Medical and sanitary report of the native army of Madras for the year
Year: 1878
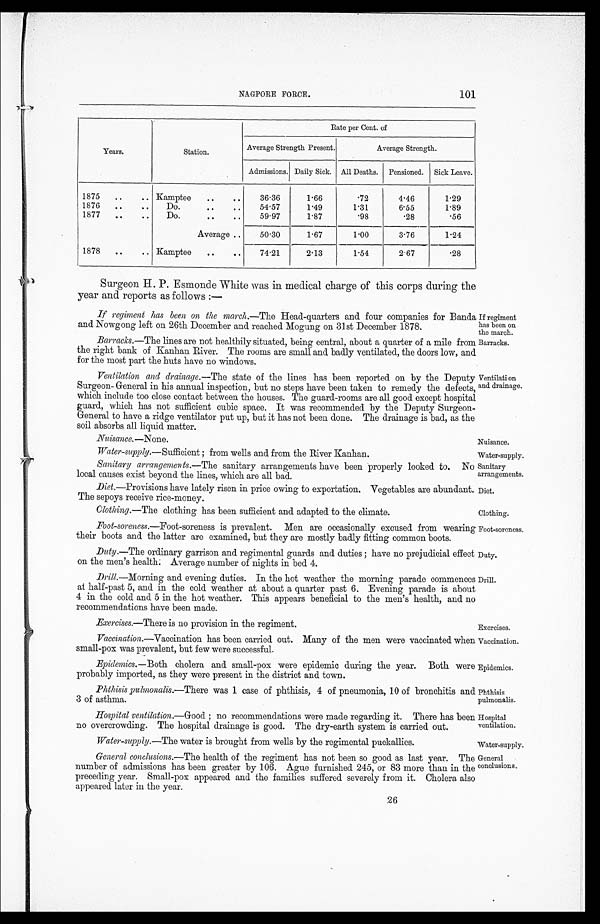
If regiment
has been on
the march.
Barracks.
Nuisance.
Water-supply.
Sanitary
arrangements.
Diet.
Clothing.
Foot-soreness.
Duty.
Drill.
Exercises.
Vaccination.
Epidemics.
Phthisis
pulmonalis.
Hospital
ventilation.
Water-supply
General
conclusions.
NAGPORE FORCE.
101
Years.
Station.
Rate per Cent. of
Average Strength Present.
Average Strength.
Admissions. Daily Sick. All Deaths. Pensioned. Sick Leave.
1875 ..
.. Kamptee ..
..
36.36
1.66
.72
4.46
1.29
1876 ..
..
Do.
..
. .
54.57
1.49
1.31
6.55
1.89
1877 ..
..
Do.
..
. .
59.97
1.87
.98
.28
.56
Average ..
50.30
1.67
1.00
3.76
1.24
1878 ..
.. Kamptee ..
..
74.21
2.13 1.54
2.67
.28
Surgeon H. P. Esmonde White was in medical charge of this corps during the
year and reports as follows :—
If regiment has been on the march.—The Head-quarters and four companies for Banda
and Nowgong left on 26th December and reached Mogung on 31st December 1878.
Barracks.—The lines are not healthily situated, being central, about a quarter of a mile from
the right bank of Kanhan River. The rooms are small and badly ventilated, the doors low, and
for the most part the huts have no windows.
Ventilation and drainage .—The state of the lines has been reported on by the Deputy
Surgeon-General in his annual inspection, but no steps have been taken to remedy the defects,
which include too close contact between the houses. The guard-rooms are all good except hospital
guard, which has not sufficient cubic space. It was recommended by the Deputy Surgeon-
General to have a ridge ventilator put up, but it has not been done. The drainage is bad, as the
soil absorbs all liquid matter.
Nuisance.—None.
Water-supply.—Sufficient ; from wells and from the River Kanhan.
Sanitary arrangements .—The sanitary arrangements have been properly looked to. No
local causes exist beyond the lines, which are all bad.
Diet .—Provisions have lately risen in price owing to exportation. Vegetables are abundant.
The sepoys receive rice-money.
Clothing.—The clothing has been sufficient and adapted to the climate.
Foot-soreness .—Foot-soreness is prevalent. Men are occasionally excused from wearing
their boots and the latter are examined, but they are mostly badly fitting common boots.
Duty .—The ordinary garrison and regimental guards and duties ; have no prejudicial effect
on the men's health: Average number of nights in bed 4.
Drill.—Morning and evening duties. In the hot weather the morning parade commences
at half-past 5, and in the cold weather at about a quarter past 6. Evening parade is about
4 in the cold and 5 in the hot weather. This appears beneficial to the men's health, and no
recommendations have been made.
Exercises.—There is no provision in the regiment.
Vaccination .—Vaccination has been carried out. Many of the men were vaccinated when
small-pox was prevalent, but few were successful.
Epidemics.—Both cholera and small-pox were epidemic during the year. Both were
probably imported, as they were present in the district and town.
Phthisis pulmonalis.—There was 1 case of phthisis, 4 of pneumonia, 10 of bronchitis and
3 of asthma.
Hospital ventilation .—Good ; no recommendations were made regarding it. There has been
no overcrowding. The hospital drainage is good. The dry-earth system is carried out.
Water-supply.—The water is brought from wells by the regimental puckallies.
General conclusions .—The health of the regiment has not been so good as last year. The
number of admissions has been greater by 106. Ague furnished 245, or 83 more than in the
preceding year. Small-pox appeared and the families suffered severely from it. Cholera also
appeared later in the year.
26
Ventilation
and drainage.